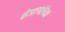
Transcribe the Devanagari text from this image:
शेजाऱ्यांपेक्षा